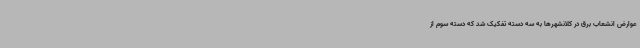
عوارض انشعاب برق در کلانشهرها به سه دسته تفکیک شد که دسته سوم از